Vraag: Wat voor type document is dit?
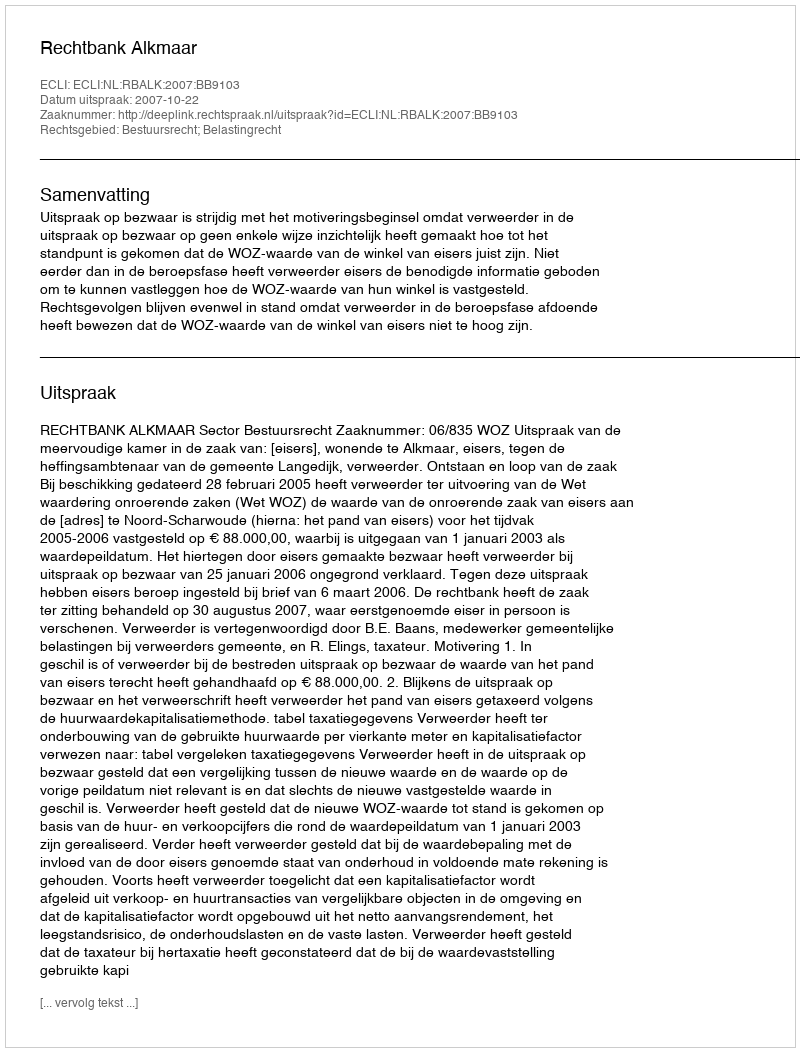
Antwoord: Uitspraak